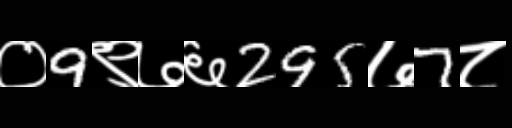
Text: ०9९७६295७7८